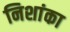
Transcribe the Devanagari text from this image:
निशांका